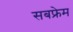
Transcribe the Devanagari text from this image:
सबफ्रेम